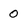
Character: o